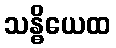
သန္ဓိယေထ